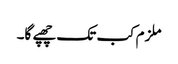
ملزم کب تک چھپے گا۔